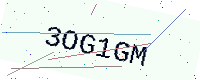
Text: 3OG1GM